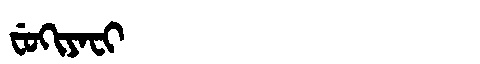
Manchu: ᠸᡠᡴᡳᠶᠠᠸᡳ
Romanization: FUKIYAFI